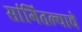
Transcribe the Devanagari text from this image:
सांगितल्याचे